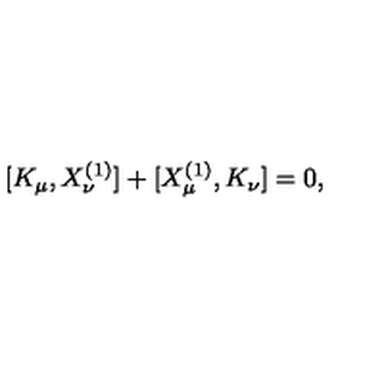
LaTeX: [ K _ { \mu } , X _ { \nu } ^ { ( 1 ) } ] + [ X _ { \mu } ^ { ( 1 ) } , K _ { \nu } ] = 0 ,